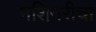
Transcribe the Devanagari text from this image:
मशिनरीचा